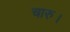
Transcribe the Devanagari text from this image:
चारु।